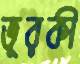
ভূরকী